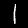
Digit: 1